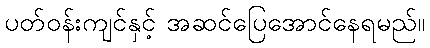
ပတ်ဝန်းကျင်နှင့် အဆင်ပြေအောင်နေရမည်။